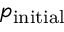
p _ { \mathrm { i n i t i a l } }